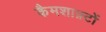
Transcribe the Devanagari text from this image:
कैमशाफ़्टों